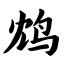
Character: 鸩